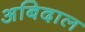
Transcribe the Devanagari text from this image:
अबिदाल